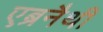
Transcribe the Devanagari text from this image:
एब्रनैथी